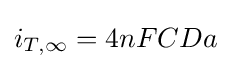
i_{T,\infty }=4nFCDa